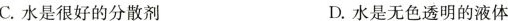
C.水是很好的分散剂 D.水是无色透明的液体